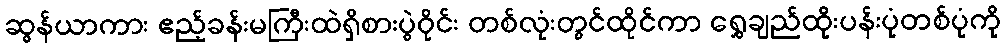
ဆွန်ယာကား ဧည့်ခန်းမကြီးထဲရှိစားပွဲဝိုင်း တစ်လုံးတွင်ထိုင်ကာ ရွှေချည်ထိုးပန်းပုံတစ်ပုံကို